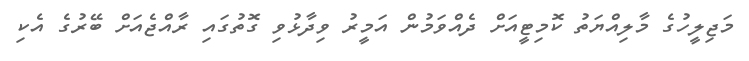
މަޖިލީހުގެ މާލިއްޔަތު ކޮމިޓީއަށް ދެއްވަމުން އަމީރު ވިދާޅުވި ގޮތުގައި ރާއްޖެއަށް ބޭރުގެ އެކި